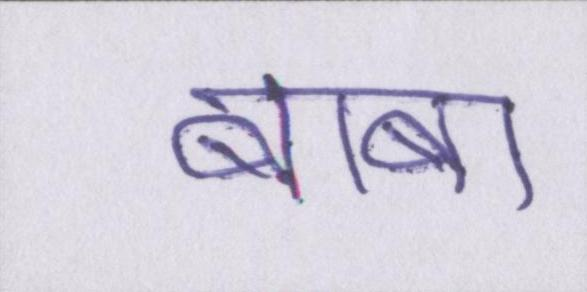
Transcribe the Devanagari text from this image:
बाबा